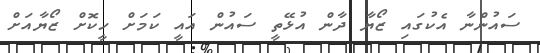
ސައުންނާ އެކުގައި ޒޯޔާ ދާން އުޅޭތީ ސައުން އައީ ކަމަށް ހީކޮށް ޒޯޔާއަށް